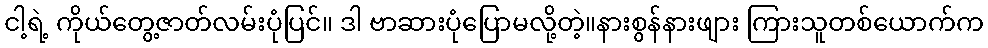
ငါ့ရဲ့ ကိုယ်တွေ့ဇာတ်လမ်းပုံပြင်။ ဒါ ဗာဆားပုံပြောမလို့တဲ့။နားစွန်နားဖျား ကြားသူတစ်ယောက်က